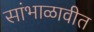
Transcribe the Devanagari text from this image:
सांभाळावीत